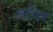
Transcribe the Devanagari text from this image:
अयिन